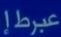
عبرط إ